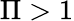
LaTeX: \Pi>1